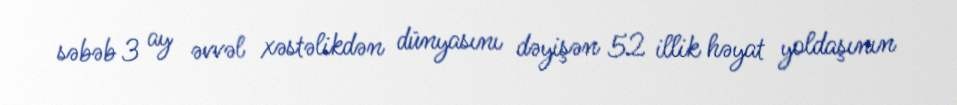
səbəb 3 ay əvvəl xəstəlikdən dünyasını dəyişən 52 illik həyat yoldaşının